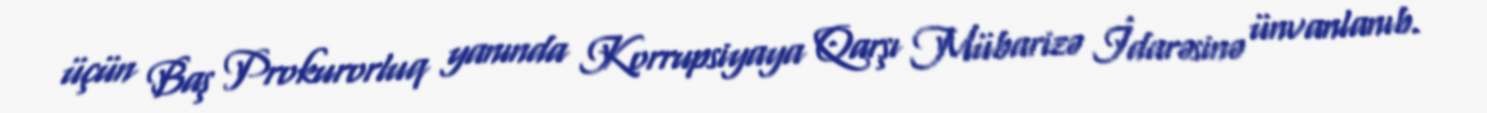
üçün Baş Prokurorluq yanında Korrupsiyaya Qarşı Mübarizə İdarəsinə ünvanlanıb.